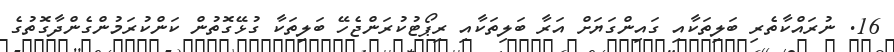
16. ނުރައްކާތެރި ބަލިތަކާއި ގައިންގަޔަށް އަރާ ބަލިތަކާއި ރިޕޯޓުކުރަންޖެހޭ ބަލިތަކާ ގުޅޭގޮތުން ކަންކުރަމުންގެންދާގޮތުގެ